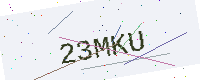
Text: 23MKU